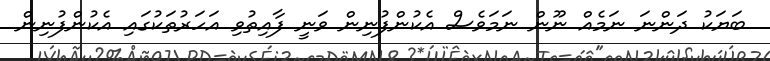
ބަޔަކު ދަންނަ ނަމެއް ނޫން ނަމަވެސް އެކުންފުނިން ވަނީ ފާއިތުވި އަހަރުތަކުގައި އެކުންފުނިން